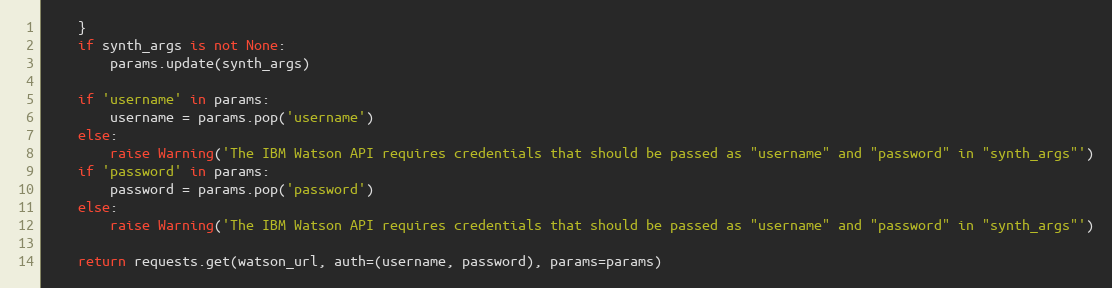
Language: Python
    }
    if synth_args is not None:
        params.update(synth_args)

    if 'username' in params:
        username = params.pop('username')
    else:
        raise Warning('The IBM Watson API requires credentials that should be passed as "username" and "password" in "synth_args"')
    if 'password' in params:
        password = params.pop('password')
    else:
        raise Warning('The IBM Watson API requires credentials that should be passed as "username" and "password" in "synth_args"')

    return requests.get(watson_url, auth=(username, password), params=params)